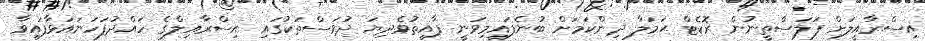
އިސްރާއީލަށް ފަލަސްތީނުން ރޮކެޓް ޙަމަލާ ދިންކަމަށް ބުނެފައިމިވަނީ ފާއިތުވެދިޔަ ދުވަސްތަކުގައި އިސްރާއިލްގެ ހައްދުފަހަނައަޅާފައިވާ